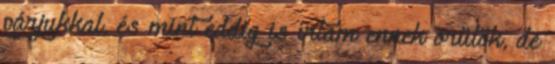
párjukkal, és mint eddig is írtam ennek örülök, de